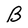
Character: B